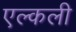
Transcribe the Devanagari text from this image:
एल्कली